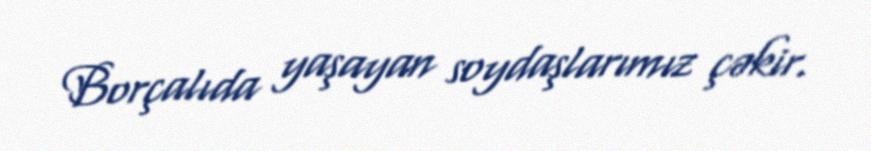
Borçalıda yaşayan soydaşlarımız çəkir.